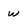
Character: w